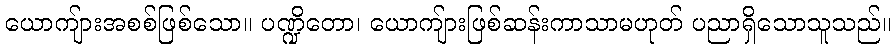
ယောကျ်ားအစစ်ဖြစ်သော။ ပဏ္ဍိတော၊ ယောကျ်ားဖြစ်ဆန်းကာသာမဟုတ် ပညာရှိသောသူသည်။